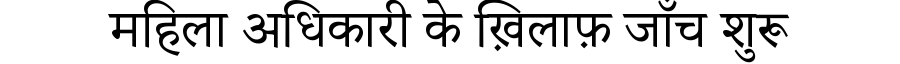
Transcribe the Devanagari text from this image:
महिला अधिकारी के ख़िलाफ़ जाँच शुरू